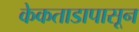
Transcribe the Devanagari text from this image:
केकताडापासून